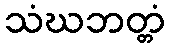
သံဃဘတ္တံ